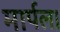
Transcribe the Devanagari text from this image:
मार्पल।